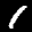
Label: 1